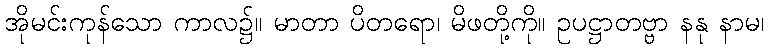
အိုမင်းကုန်သော ကာလ၌။ မာတာ ပိတရော၊ မိဖတို့ကို။ ဥပဋ္ဌာတဗ္ဗာ နနု နာမ၊